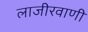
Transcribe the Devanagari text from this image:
लाजीरवाणी